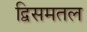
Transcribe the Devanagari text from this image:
द्विसमतल